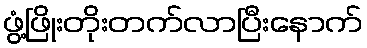
ဖွံ့ဖြိုးတိုးတက်လာပြီးနောက်